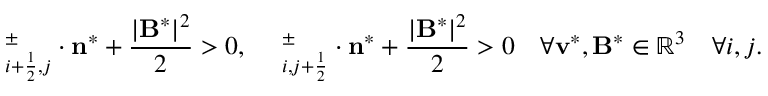
{ \bf \Pi } _ { i + \frac { 1 } { 2 } , j } ^ { \pm } \cdot \mathbf { n } ^ { * } + \frac { | \mathbf { B } ^ { * } | ^ { 2 } } { 2 } > 0 , \quad { \bf \Pi } _ { i , j + \frac { 1 } { 2 } } ^ { \pm } \cdot \mathbf { n } ^ { * } + \frac { | \mathbf { B } ^ { * } | ^ { 2 } } { 2 } > 0 \quad \forall \mathbf { v } ^ { * } , \mathbf { B } ^ { * } \in \mathbb { R } ^ { 3 } \quad \forall i , j .